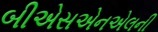
બીએસએનએલની